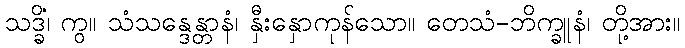
သဒ္ခိံ၊ ကွ။ သံသန္ဒေန္တာနံ၊ နှီးနှောကုန်သော။ တေသံ-ဘိက္ခူနံ၊ တို့အား။